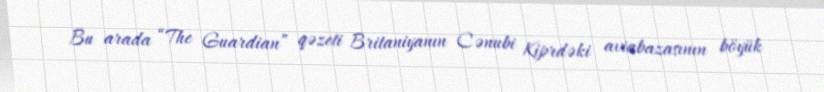
Bu arada “The Guardian” qəzeti Britaniyanın Cənubi Kiprdəki aviabazasının böyük